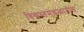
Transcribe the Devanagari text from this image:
विश्वस्तमंडळातील